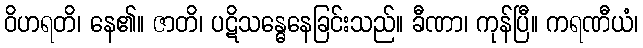
ဝိဟရတိ၊ နေ၏။ ဇာတိ၊ ပဋိသန္ဓေနေခြင်းသည်။ ခီဏာ၊ ကုန်ပြီ။ ကရဏီယံ၊